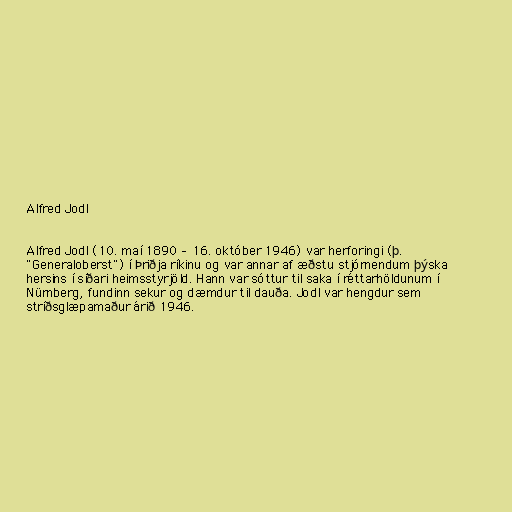
Alfred Jodl

Alfred Jodl (10. maí 1890 – 16. október 1946) var herforingi (þ.
"Generaloberst") í Þriðja ríkinu og var annar af æðstu stjórnendum þýska
hersins í síðari heimsstyrjöld. Hann var sóttur til saka í réttarhöldunum í
Nürnberg, fundinn sekur og dæmdur til dauða. Jodl var hengdur sem
stríðsglæpamaður árið 1946.